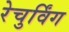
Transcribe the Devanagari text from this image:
रेचुर्विंग